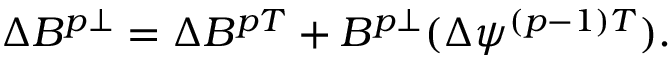
\Delta B ^ { p \perp } = \Delta B ^ { p T } + B ^ { p \perp } ( \Delta \psi ^ { ( p - 1 ) T } ) .